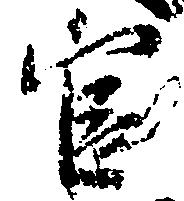
官